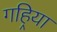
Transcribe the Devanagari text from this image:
गहिर्‍या